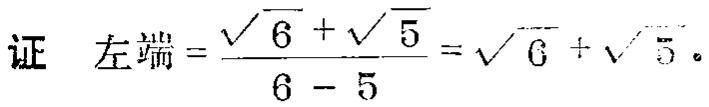
证 左端$=\frac{\sqrt{6}+\sqrt{5}}{6 - 5}=\sqrt{6}+\sqrt{5}$。